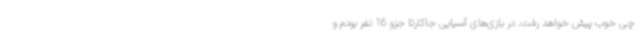
چی خوب پیش خواهد رفت. در بازی‌های آسیایی جاکارتا جزو 16 نفر بودم و